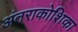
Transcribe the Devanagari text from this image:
अंतराकोशिका